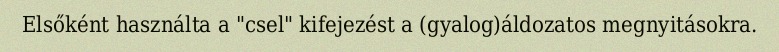
Elsőként használta a "csel" kifejezést a (gyalog)áldozatos megnyitásokra.